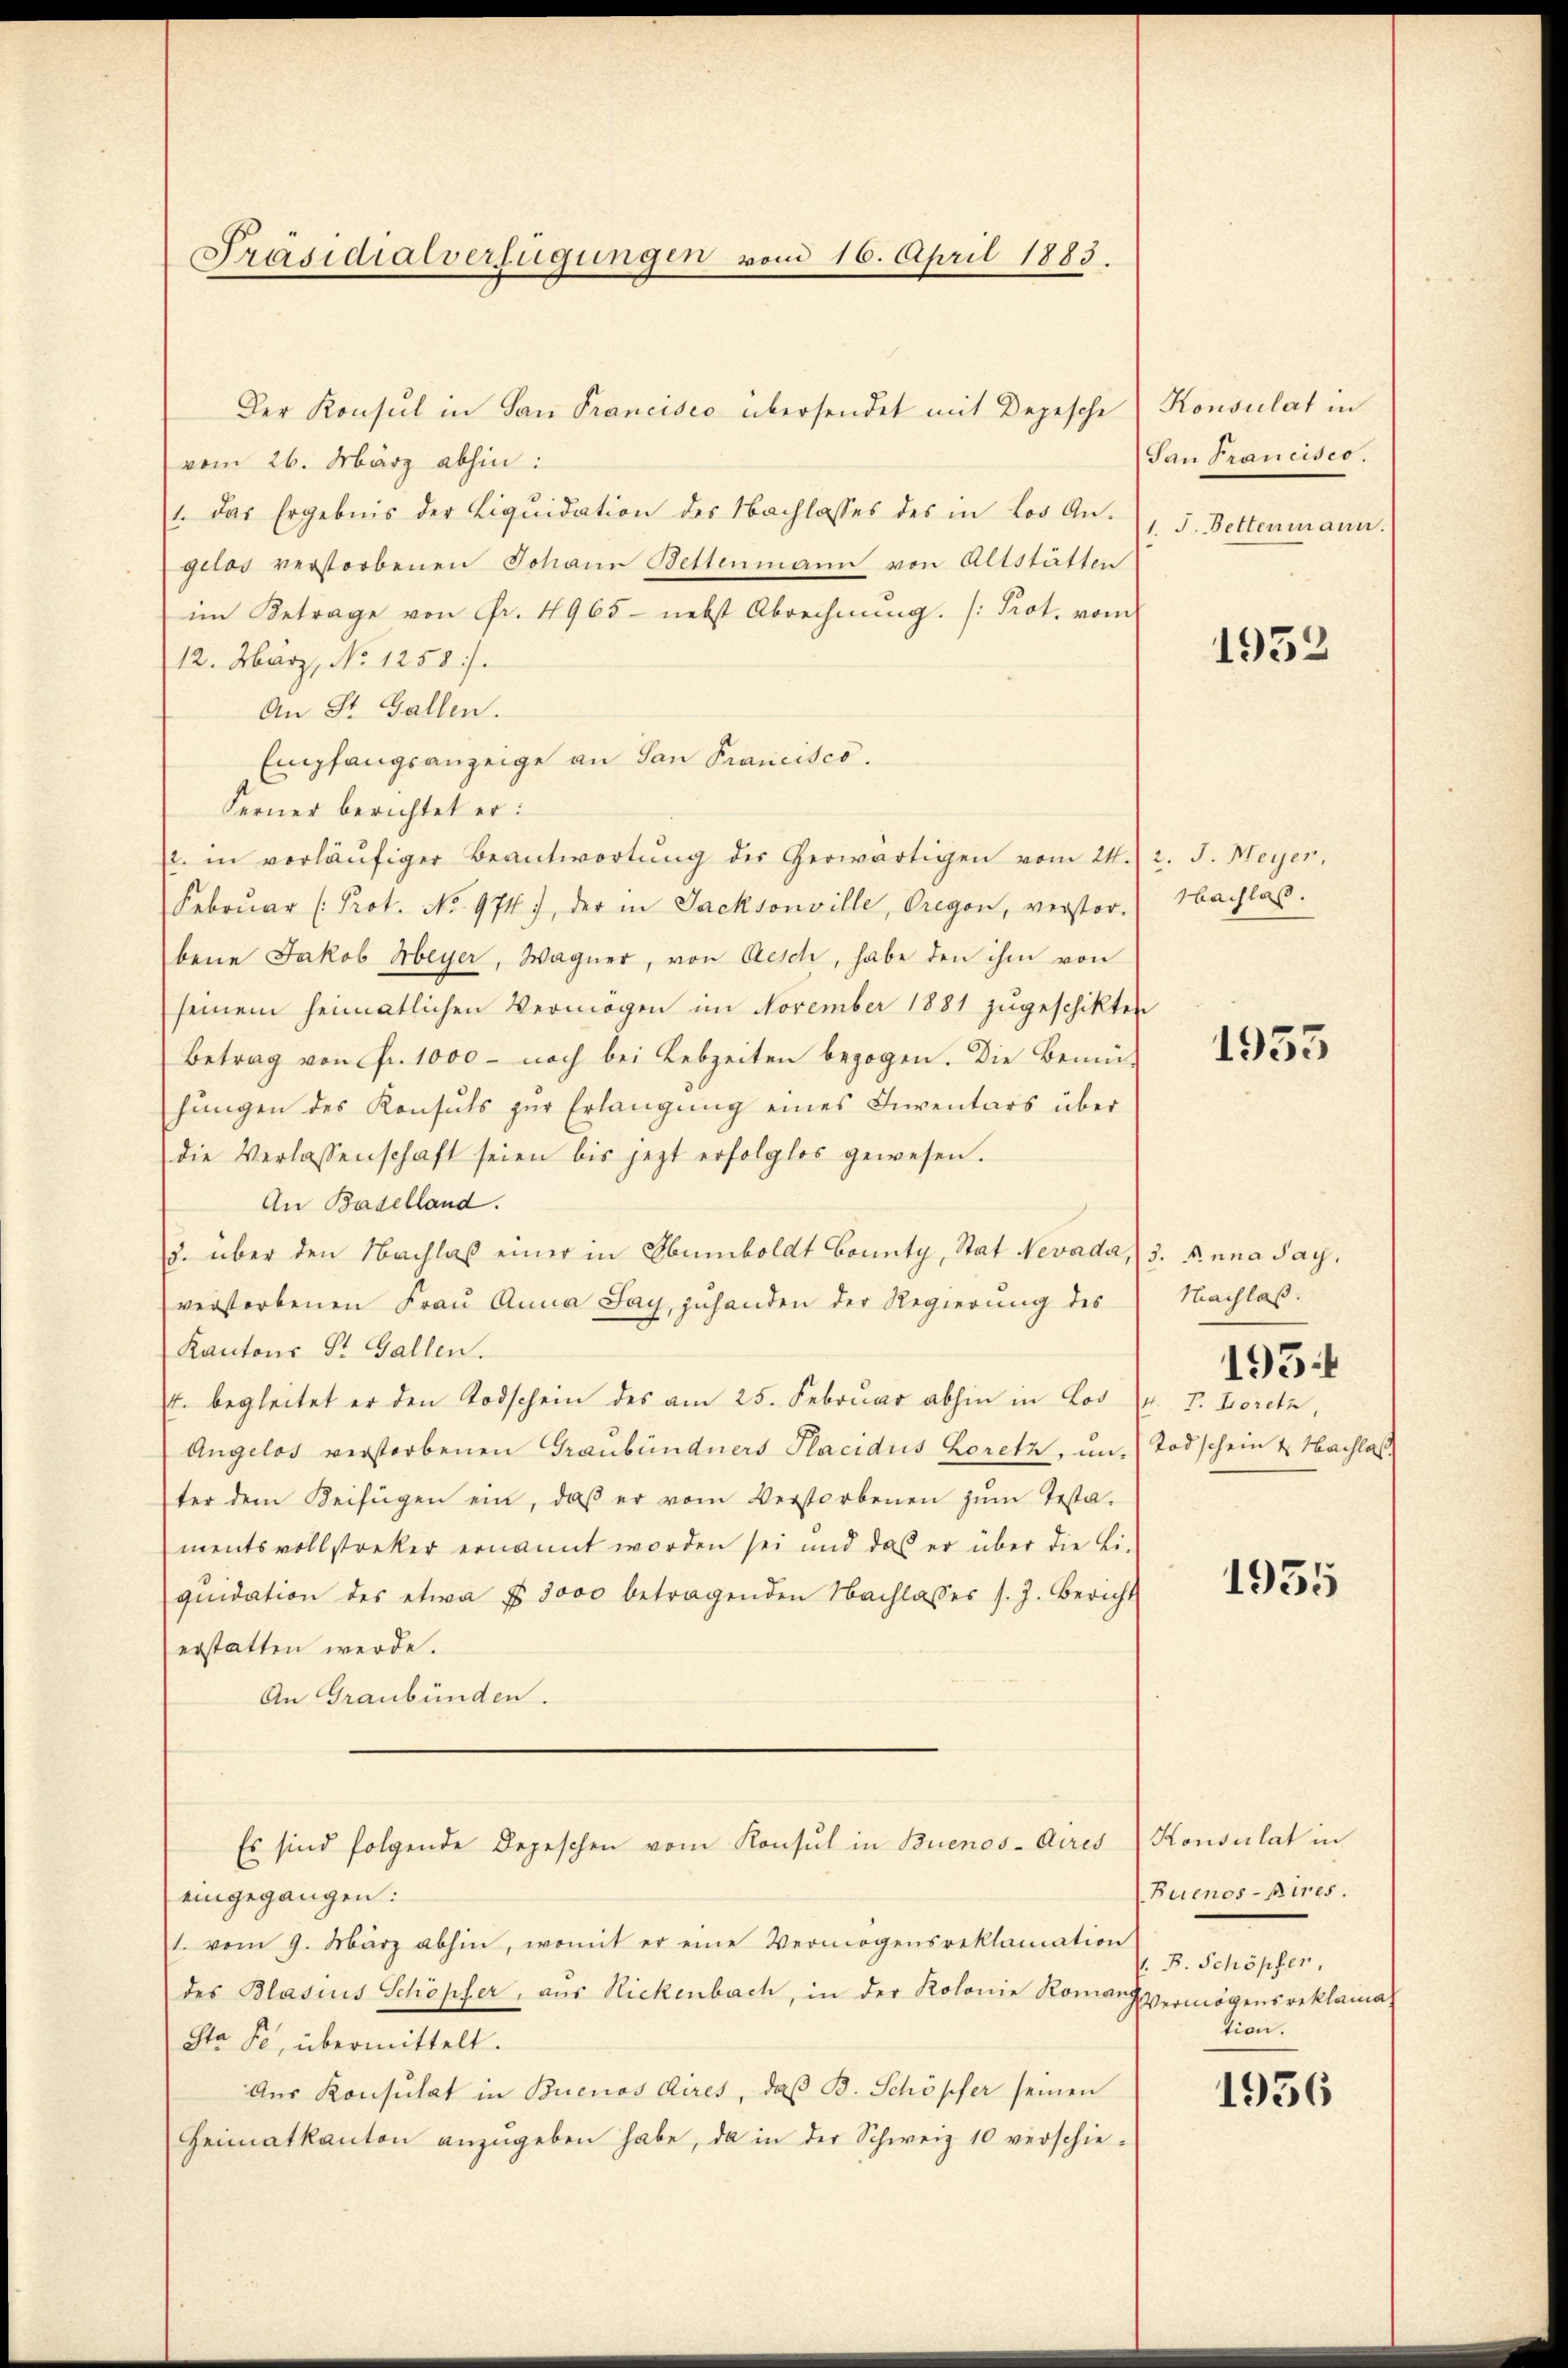
Präsidialverfügungen vom 16. April 1883.

Der Konsul in San Prancisco übersendet mit Depesche
vom 26. März abhin:
1. das Ergebnis der Liqŭidation des Nachlasses des in Los An-
gelos verstorbenen Johann Bettenmann von Altstätten
im Betrage von Fr. 4965- nebst Abrechnŭng. (Prot. vom
12. März, No 1258).
An St. Gallen.
Empfangsanzeige an San Francisco.
Ferner berichtet er:
2. in vorläŭfiger Beantwortŭng der herwärtigen vom 24. 2. J. Meyer,
Februar (Prot. No 974), der in Jacksonville, Oregen, verstor-
bene Jakob Meyer, Wagner, von Aesch, habe den ihm von
seinem heimatlichen Vermögen im November 1881 zugeschikten
Betrag von fr. 1000 - noch bei Lebzeiten bezogen. Die Bemühŭngen des Konsuls zŭr Erlangŭng eines Inventars über
die Verlassenschaft seien bis jetzt erfolglos gewesen.
An Baselland.
2. über den Nachlaß einer in Obumboldt Bounty, Stat Nevada, (3. Anna Say.
verstorbenen Frau Anna Say, zuhanden der Regierung des
Kantons St. Gallen.
t. begleitet er den Todschein des am 25. Februar abhin in Los Dr. T. Loretz,
Angelos verstorbenen Graubündners Placidus Loretz, um. (Todschein & Nachlas
ter dem Beifügen ein, daβ er vom Verstorbenen zŭm Testa-
mentsvollstreker ernannt worden sei und das er über die Li-
qŭidation des etwa f 3000 betragenden Nachlasses s. Z. Bericht
erstatten werde.
An Graubünden.
Es sind folgende Depeschen vom Konsul in Buenos-Aires
eingegangen:
1. vom 9. März abhin, womit er eine Vermögensreklamation
des Blasius Schöpfer, aus Rickenbach, in der Kolonie Romanzvermögensreklama
Sta Fr. übermittelt.
Aus Konsulat in Buenos Aires, daß B. Schöpfer seinen
Heimatkanton anzŭgeben habe, da in der Schweiz 10 verschie-

Konsulat in
San Francisco.
1. J. Bettenmann.

1952

Nachlaß.

1933

Nachlaß.

1954

1955

Konsulat in
(Buenos-Aires.
 B. Schöpfer.
tion.

1936